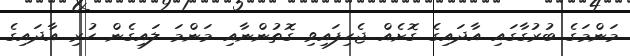
މަންމަގެ ބުރުގާގައި އާދައިގެ ގޮށެއް ޖެހިފައިވި ގޮތުންނާއި މަންމަ ލައިގެން ހުރި އާދައިގެ